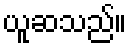
ယူဆသည်။